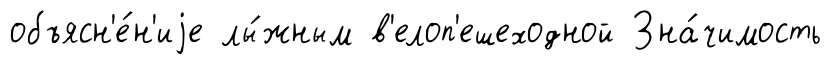
объясн'е́н'иjе лы́жным в'елоп'ешеходной Зна́чимость